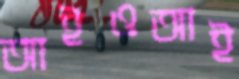
আইওআই